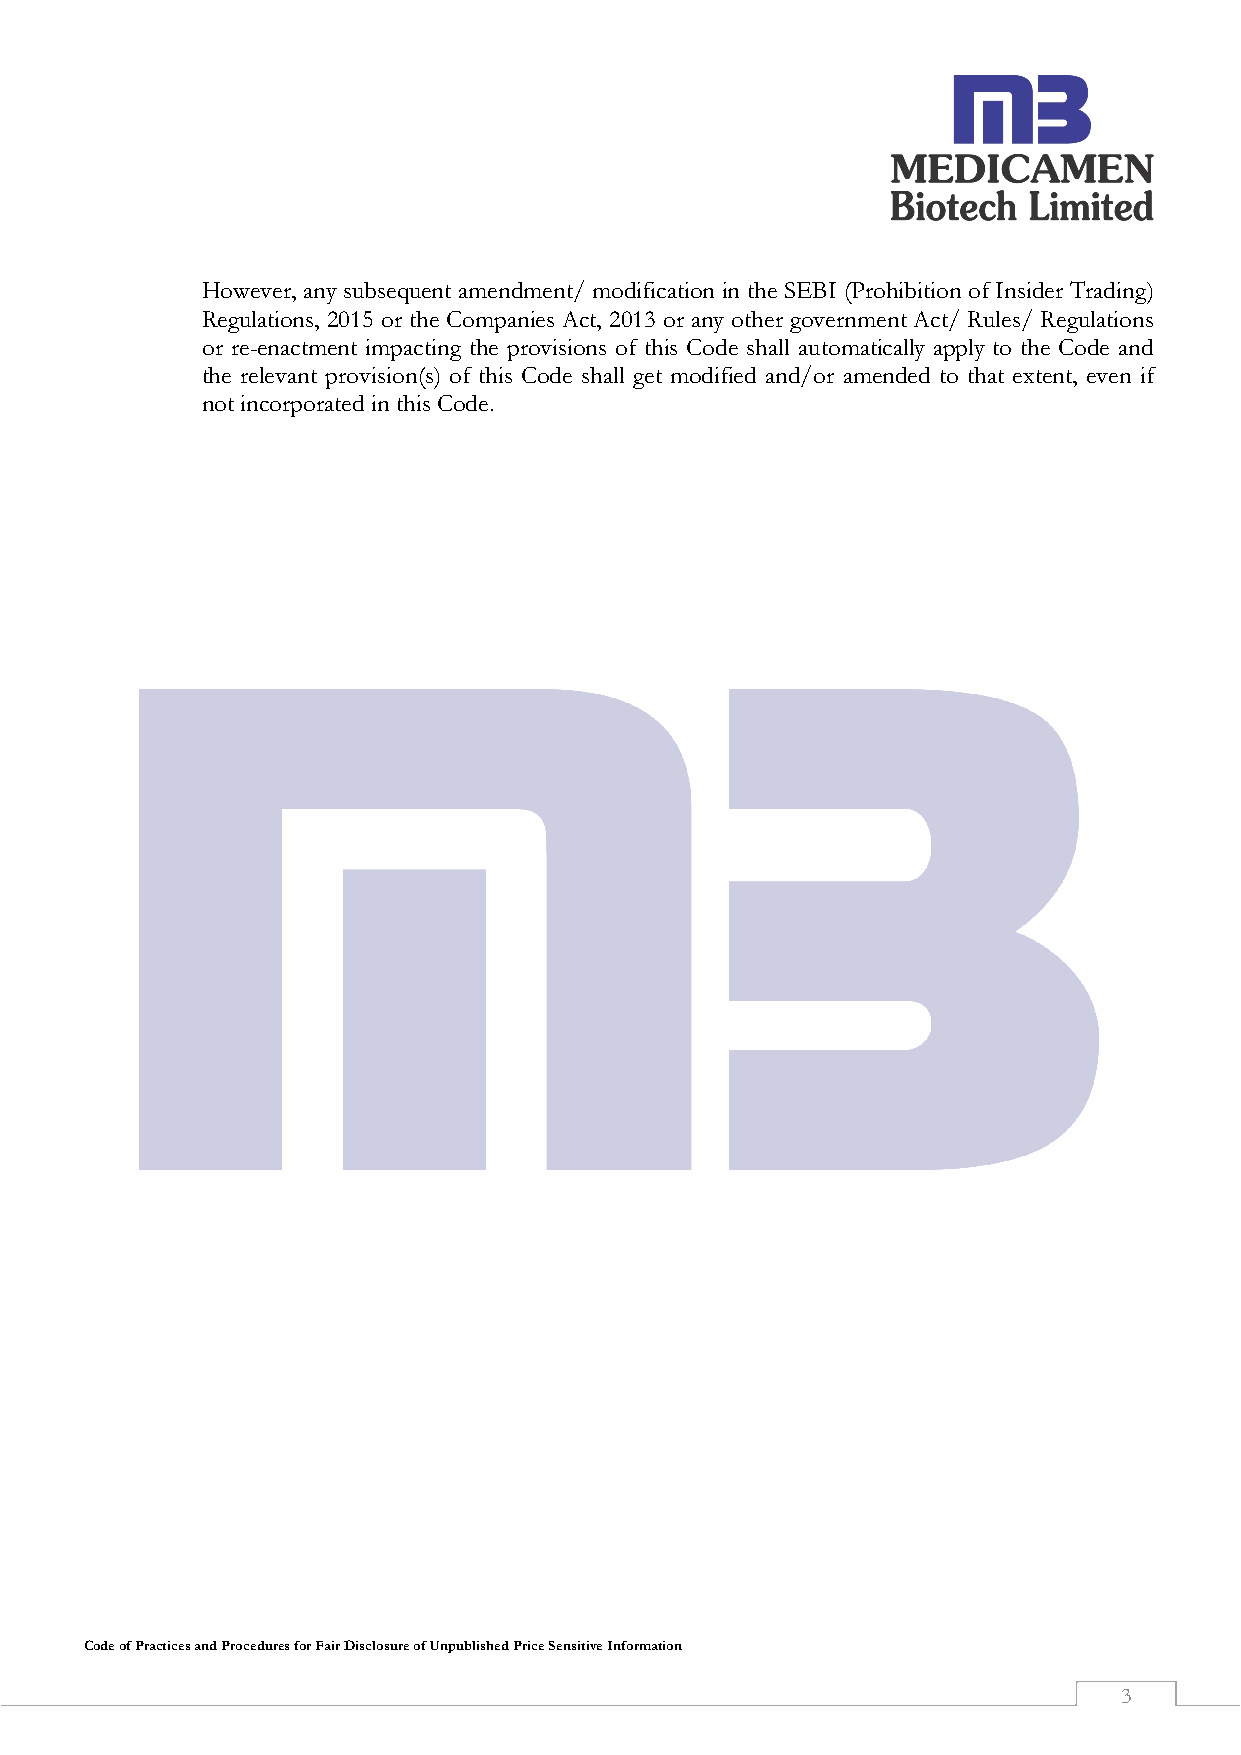
However, any subsequent amendment/ modification in the SEBI (Prohibition of Insider Trading)
 Regulations, 2015 or the Companies Act, 2013 or any other government Act/ Rules/ Regulations
 or re-enactment impacting the provisions of this Code shall automatically apply to the Code and
 the relevant provision(s) of this Code shall get modified and/or amended to that extent, even if
 not incorporated in this Code.
 Code of Practices and Procedures for Fair Disclosure of Unpublished Price Sensitive Information
 3